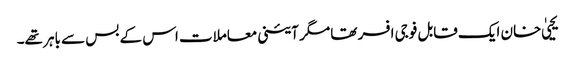
یحییٰ خان ایک قابل فوجی افسر تھا مگر آئینی معاملات اس کے بس سے باہر تھے۔